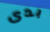
بدى